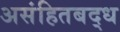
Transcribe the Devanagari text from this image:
असंहितबद्ध